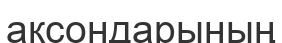
аксондарының